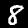
Digit: 8